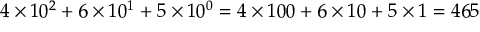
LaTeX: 4 \times 1 0 ^ { 2 } + 6 \times 1 0 ^ { 1 } + 5 \times 1 0 ^ { 0 } = 4 \times 1 0 0 + 6 \times 1 0 + 5 \times 1 = 4 6 5